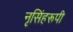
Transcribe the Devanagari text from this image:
नृसिंहरूपी